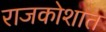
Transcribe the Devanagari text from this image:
राजकोशात